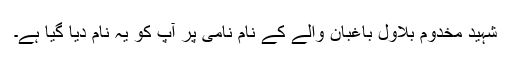
شہید مخدوم بلاول باغبان والے کے نامِ نامی پر آپ کو یہ نام دیا گیا ہے۔